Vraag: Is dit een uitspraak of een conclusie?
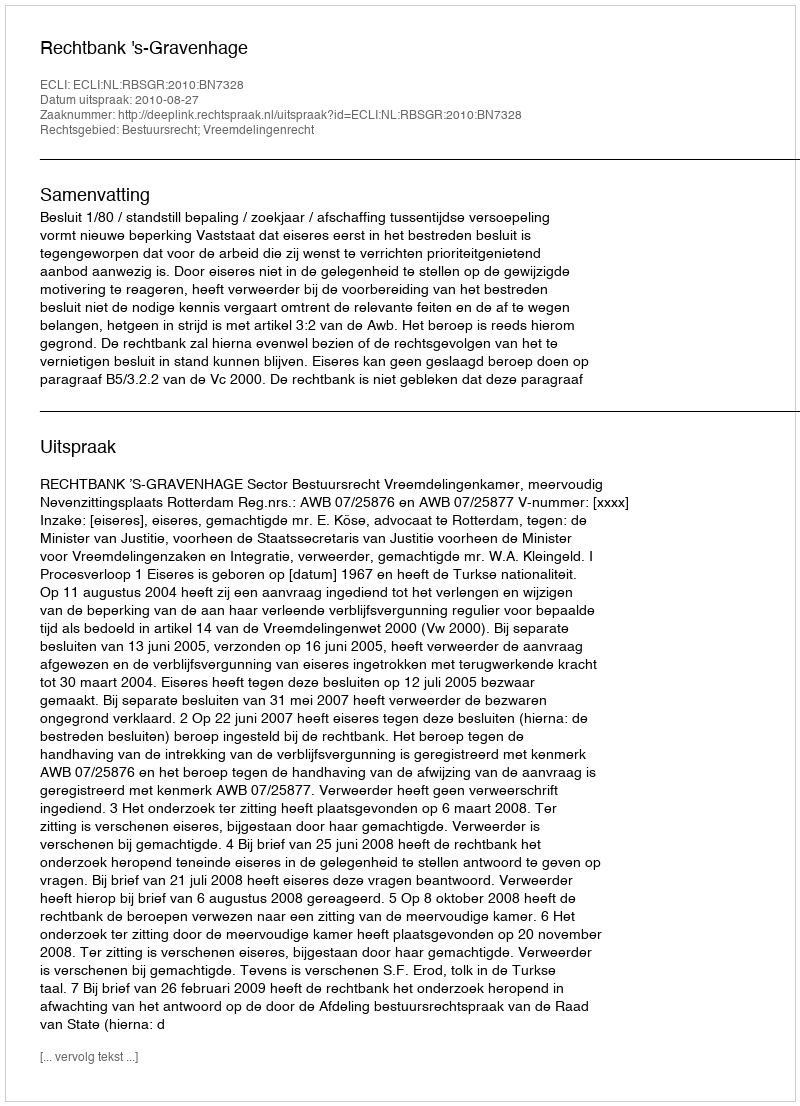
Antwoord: Uitspraak